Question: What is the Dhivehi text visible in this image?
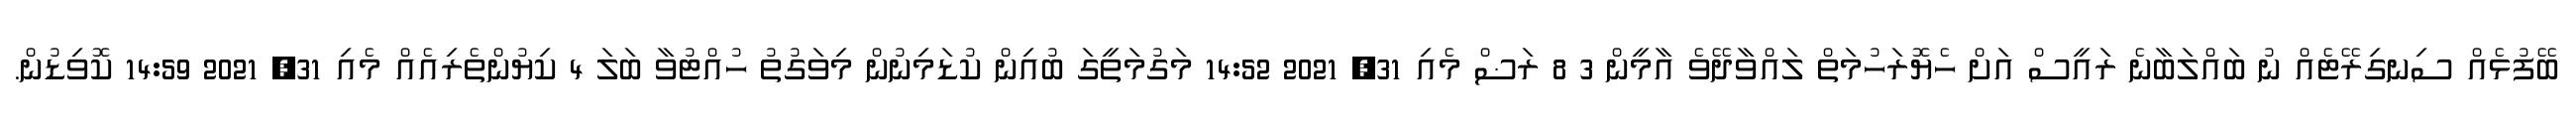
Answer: ބޭފުޅެއް ސިނގިރޭޓެއް ނު ބައްލަބާނެ ރައީސް އަށް ހެޔޮރަހުމަތް ލައްވާދޭވެ އާމީން 3 8 ރަޟް މެއި 31, 2021 14:52 މަގުމަތީގަ ބުއިން ކުޑަމިނުން މިވަގުތު ހުއްޓުވާ ބަލަ 4 ކިޔުންތެރިއެއް މެއި 31, 2021 14:59 ކޮވިޑުން.